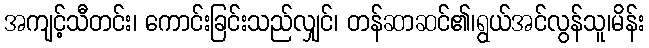
အကျင့်သီတင်း၊ ကောင်းခြင်းသည်လျှင်၊ တန်ဆာဆင်၏၊ရွယ်အင်လွန်သူ၊မိန်း